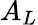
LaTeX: A_{L}